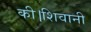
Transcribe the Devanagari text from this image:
की।शिवानी